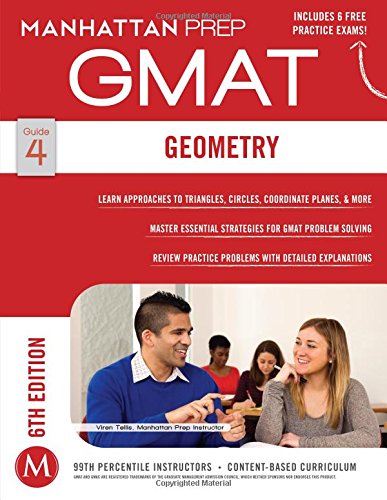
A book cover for GMAT Geometry (Manhattan Prep GMAT Strategy Guides); Manhattan Prep; Test Preparation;